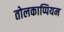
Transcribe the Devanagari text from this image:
तोलकाप्पियम